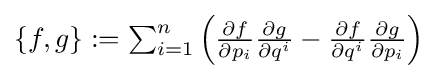
\textstyle \{f,g\}:=\sum _{i=1}^{n}\left({\frac {\partial f}{\partial p_{i}}}{\frac {\partial g}{\partial q^{i}}}-{\frac {\partial f}{\partial q^{i}}}{\frac {\partial g}{\partial p_{i}}}\right)